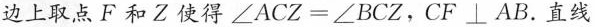
边上取点F和Z使得$$∠ A C Z = ∠ B C Z$$，CF⊥AB.直线